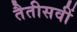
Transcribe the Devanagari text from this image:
तैतीसवीं